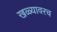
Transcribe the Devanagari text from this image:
खळ्यावरच